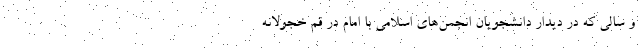
و سالی که در دیدار دانشجویان انجمن‌های اسلامی با امام در قم خجولانه